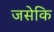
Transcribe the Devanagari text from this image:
जसेकि